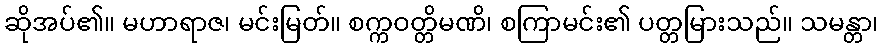
ဆိုအပ်၏။ မဟာရာဇ၊ မင်းမြတ်။ စက္ကဝတ္တိမဏိ၊ စကြာမင်း၏ ပတ္တမြားသည်။ သမန္တာ၊